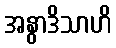
အနွာဒိသာဟိ